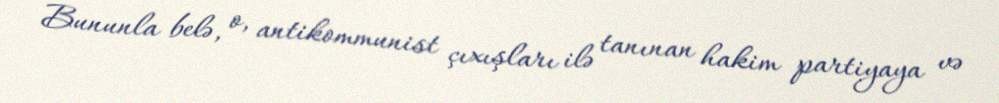
Bununla belə, o, antikommunist çıxışları ilə tanınan hakim partiyaya və